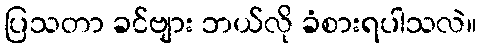
ပြသတာ ခင်ဗျား ဘယ်လို ခံစားရပါသလဲ။